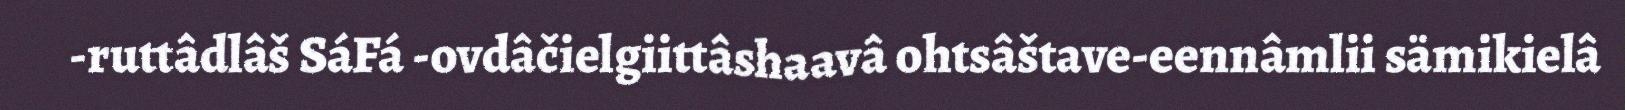
-ruttâdlâš SáFá -ovdâčielgiittâshaavâ ohtsâštave-eennâmlii sämikielâ